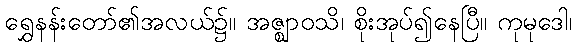
ရွှေနန်းတော်၏အလယ်၌။ အဇ္ဈာဝသိ၊ စိုးအုပ်၍နေပြီ။ ကုမုဒေါ၊